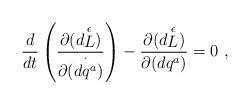
LaTeX: \begin{align*}{d \over dt} \left({\partial{(d{\stackrel{\epsilon}{L}})} \over\partial{(\stackrel{\cdot}{dq^a}})}\right) -{\partial{(d{\stackrel{\epsilon}{L}})} \over \partial{(dq^a)}} = 0\ ,\end{align*}